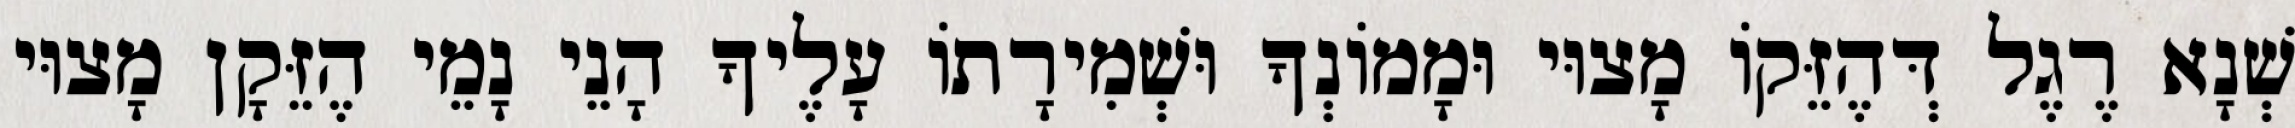
שְׁנָא רֶגֶל דְּהֶזֵּקוֹ מָצוּי וּמָמוֹנְךָ וּשְׁמִירָתוֹ עָלֶיךָ הָנֵי נָמֵי הֶזֵּקָן מָצוּי